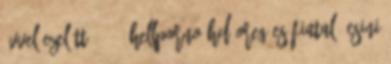
évvel ezelőtt 08:00 HellPorno hd oreg es fiatal, csini